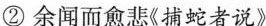
②余闻而愈悲《捕蛇者说》